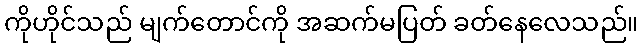
ကိုဟိုင်သည် မျက်တောင်ကို အဆက်မပြတ် ခတ်နေလေသည်။